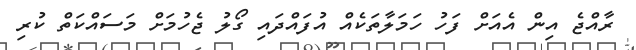
ރާއްޖެ އިން އެއަށް ފަހު ހަމަލާތަކެއް އުފައްދައި ގޯލު ޖެހުމަށް މަސައްކަތް ކުރި